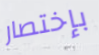
بإختصار